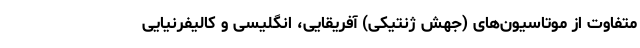
متفاوت از موتاسیون‌های (جهش ژنتیکی) آفریقایی، انگلیسی و کالیفرنیایی